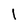
Character: I